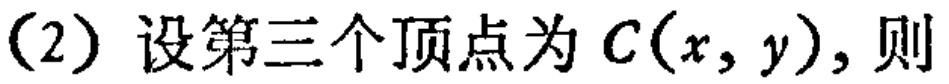
(2) 设第三个顶点为 \(C(x,y)\)，则